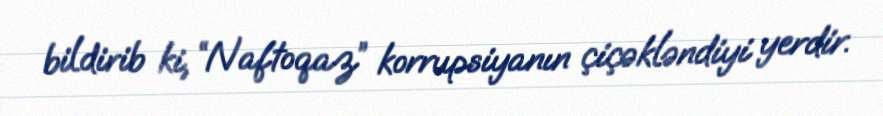
bildirib ki, “Naftoqaz” korrupsiyanın çiçəkləndiyi yerdir.